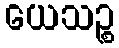
ယေသဉ္စ